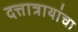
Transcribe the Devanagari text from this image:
दत्तात्रायांचा